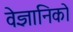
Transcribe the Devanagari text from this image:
वेज्ञानिको